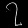
Digit: ၇